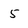
Character: 5